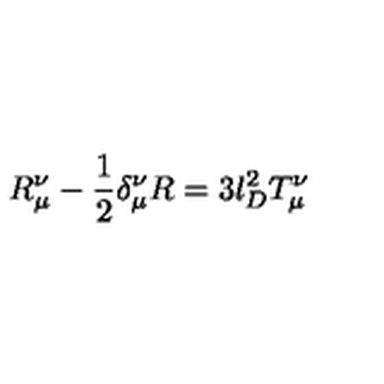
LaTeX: R _ { \mu } ^ { \nu } - \frac { 1 } { 2 } \delta _ { \mu } ^ { \nu } R = 3 l _ { D } ^ { 2 } T _ { \mu } ^ { \nu }